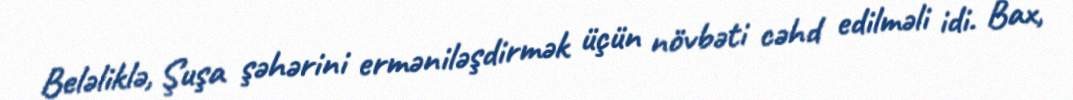
Beləliklə, Şuşa şəhərini erməniləşdirmək üçün növbəti cəhd edilməli idi. Bax,